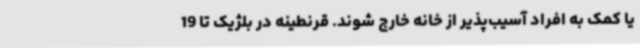
یا کمک به افراد آسیب‌پذیر از خانه خارج شوند. قرنطینه در بلژیک تا 19